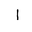
Letter: _alif